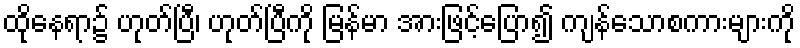
ထိုနေရာ၌ ဟုတ်ပြီ၊ ဟုတ်ပြီကို မြန်မာ အားဖြင့်ပြော၍ ကျန်သောစကားများကို